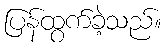
ပြန်ထွက်ခဲ့သည်။